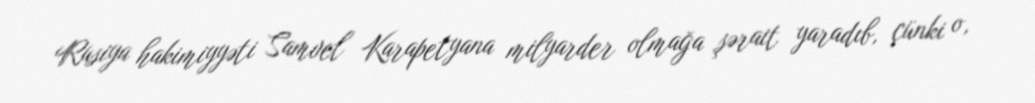
Rusiya hakimiyyəti Samvel Karapetyana milyarder olmağa şərait yaradıb, çünki o,